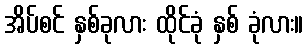
အိပ်စင် နှစ်ခုလား ထိုင်ခုံ နှစ် ခုံလား။